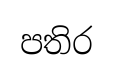
පතිර